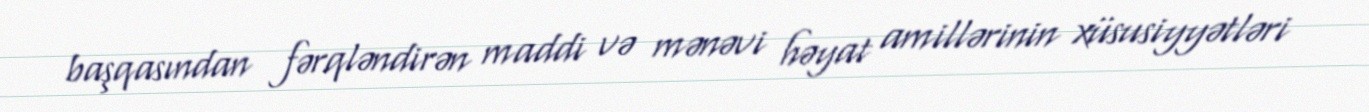
başqasından fərqləndirən maddi və mənəvi həyat amillərinin xüsusiyyətləri